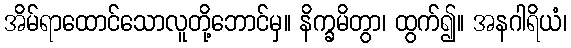
အိမ်ရာထောင်သောလူတို့ဘောင်မှ။ နိက္ခမိတွာ၊ ထွက်၍။ အနဂါရိယံ၊